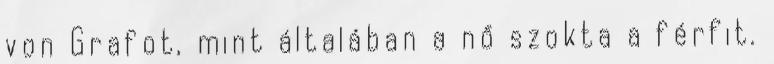
von Grafot, mint általában a nő szokta a férfit.